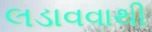
લડાવવાથી